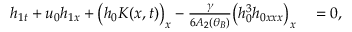
\begin{array} { r l } { h _ { 1 t } + u _ { 0 } h _ { 1 x } + \big ( h _ { 0 } K ( x , t ) \big ) _ { x } - \frac { \gamma } { 6 A _ { 2 } ( \theta _ { B } ) } \big ( h _ { 0 } ^ { 3 } h _ { 0 x x x } \big ) _ { x } } & { { } = 0 , } \end{array}